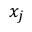
x _ { j }